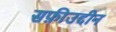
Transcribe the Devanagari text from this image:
सफ़ीउद्दीन